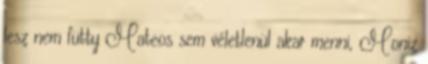
lesz nem fütty Mateos sem véletlenül akar menni, Moniz